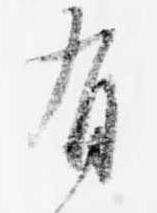
有